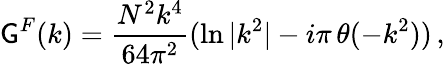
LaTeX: \mathsf{G}^{F}(k)={\frac{{N^{2}k^{4}}}{{64\pi^{2}}}}(\ln{|k^{2}|}-i\pi\, \theta(-k^{2}))\, ,